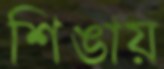
শিঙায়